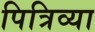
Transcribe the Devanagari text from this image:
पित्रिव्या